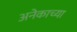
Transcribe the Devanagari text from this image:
अनेकाच्या